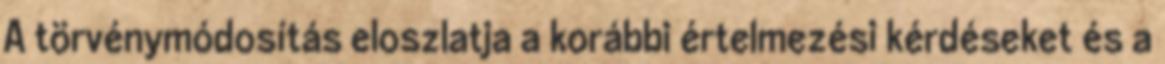
A törvénymódosítás eloszlatja a korábbi értelmezési kérdéseket és a